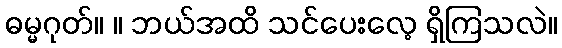
ဓမ္မဂုတ်။ ။ ဘယ်အထိ သင်ပေးလေ့ ရှိကြသလဲ။